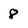
Character: 8